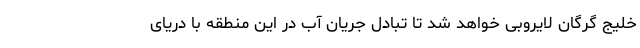
خلیج گرگان لایروبی خواهد شد تا تبادل جریان آب در این منطقه با دریای